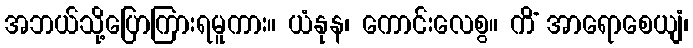
အဘယ်သို့ပြောကြားရမူကား။ ယံနုန၊ ကောင်းလေစွ။ ကိံ အာရောစေယျံ၊